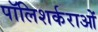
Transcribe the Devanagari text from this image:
पॉलिशर्कराओं